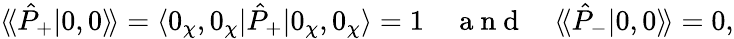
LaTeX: \textstyle\langle\! \langle\hat{P}_{+}|0,0\rangle\! \rangle=\langle 0_{\chi},0_{\chi}|\hat{P}_{+}|0_{\chi},0_{\chi}\rangle\stackrel{}{=}1\quad\mathrm{~a~n~d~}\quad\langle\! \langle\hat{P}_{-}|0,0\rangle\! \rangle=0,